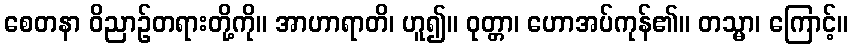
စေတနာ ဝိညာဉ်တရားတို့ကို။ အာဟာရာတိ၊ ဟူ၍။ ဝုတ္တာ၊ ဟောအပ်ကုန်၏။ တသ္မာ၊ ကြောင့်။